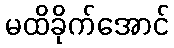
မထိခိုက်အောင်